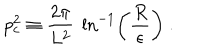
p _ { c } ^ { 2 } \equiv { \frac { 2 \pi } { L ^ { 2 } } } ~ \ln ^ { - 1 } \left( \frac { R } { \epsilon } \right) ~ .